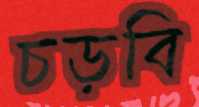
চড়বি